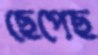
ছেপেছ